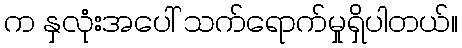
က နှလုံးအပေါ် သက်ရောက်မှုရှိပါတယ်။